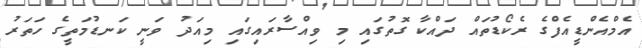
އެމްއެންޑީއެފްގެ ރެކޯޑުތައް ދައްކާ ގޮތުގައި މި ވިއްސާރައިގައި މިއަދު ވަނީ ކަނޑުމަތީގެ ހަތަރު